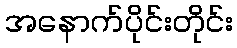
အနောက်ပိုင်းတိုင်း